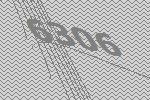
6306